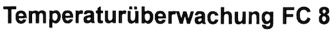
Text: Temperaturüberwachung FC 8